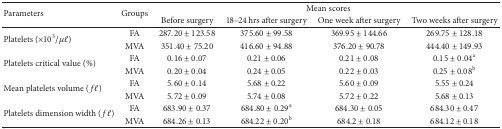
<table><thead><tr><td rowspan="2"><b>Parameters</b></td><td rowspan="2"><b>Groups</b></td><td colspan="4"><b>Mean scores</b></td></tr><tr><td><b>Before surgery</b></td><td><b>18–24 hrs after surgery</b></td><td><b>One week after surgery</b></td><td><b>Two weeks after surgery</b></td></tr></thead><tbody><tr><td rowspan="2">Platelets (×10<sup>3</sup>/<i>μl</i>)</td><td>FA</td><td>287.20 ± 123.58</td><td>375.60 ± 99.58</td><td>369.95 ± 144.66</td><td>269.75 ± 128.18</td></tr><tr><td>MVA</td><td>351.40 ± 75.20</td><td>416.60 ± 94.88</td><td>376.20 ± 90.78</td><td>444.40 ± 149.93</td></tr><tr><td rowspan="2">Platelets critical value (%)</td><td>FA</td><td>0.16 ± 0.07</td><td>0.21 ± 0.06</td><td>0.21 ± 0.08</td><td>0.15 ± 0.04<sup>a</sup></td></tr><tr><td>MVA</td><td>0.20 ± 0.04</td><td>0.24 ± 0.05</td><td>0.22 ± 0.03</td><td>0.25 ± 0.08<sup>b</sup></td></tr><tr><td rowspan="2">Mean platelets volume (<i>fl</i>)</td><td>FA</td><td>5.60 ± 0.14</td><td>5.68 ± 0.22</td><td>5.60 ± 0.09</td><td>5.55 ± 0.24</td></tr><tr><td>MVA</td><td>5.72 ± 0.09</td><td>5.74 ± 0.08</td><td>5.72 ± 0.22</td><td>5.68 ± 0.13</td></tr><tr><td rowspan="2">Platelets dimension width (<i>fl</i>) </td><td>FA</td><td>683.90 ± 0.37</td><td>684.80 ± 0.29<sup>a</sup></td><td>684.30 ± 0.05</td><td>684.30 ± 0.47</td></tr><tr><td>MVA</td><td>684.26 ± 0.13</td><td>684.22 ± 0.20<sup>b</sup></td><td>684.2 ± 0.18</td><td>684.12 ± 0.18</td></tr></tbody></table>